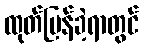
ထုတ်ပြန်ခဲ့ရာတွင်